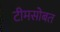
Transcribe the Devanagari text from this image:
टीमसोबत